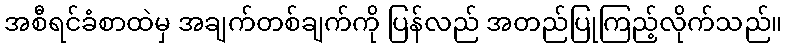
အစီရင်ခံစာထဲမှ အချက်တစ်ချက်ကို ပြန်လည် အတည်ပြုကြည့်လိုက်သည်။